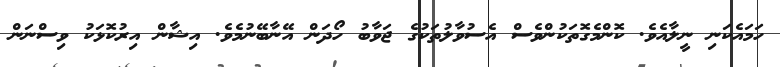
ހަމައެކަނި ނީލާއެވެ. ކޮންމެގޮތަކުންވެސް އެސުވާލުތަކުގެ ޖަވާބު ހޯދަން އޭނާބޭނުމެވެ. އިޝާން އިރުކޮޅަކު ވިސްނަން